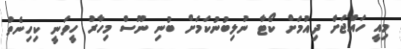
މިއީ ހައްޖަށް ދިއުމަށް ކޯޓާ ނުލިބުނުކަމަށް ބުނި ނޫސް މިހާރު ހީވަނީ ކިހިނެތް